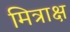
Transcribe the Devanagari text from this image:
मित्राक्ष